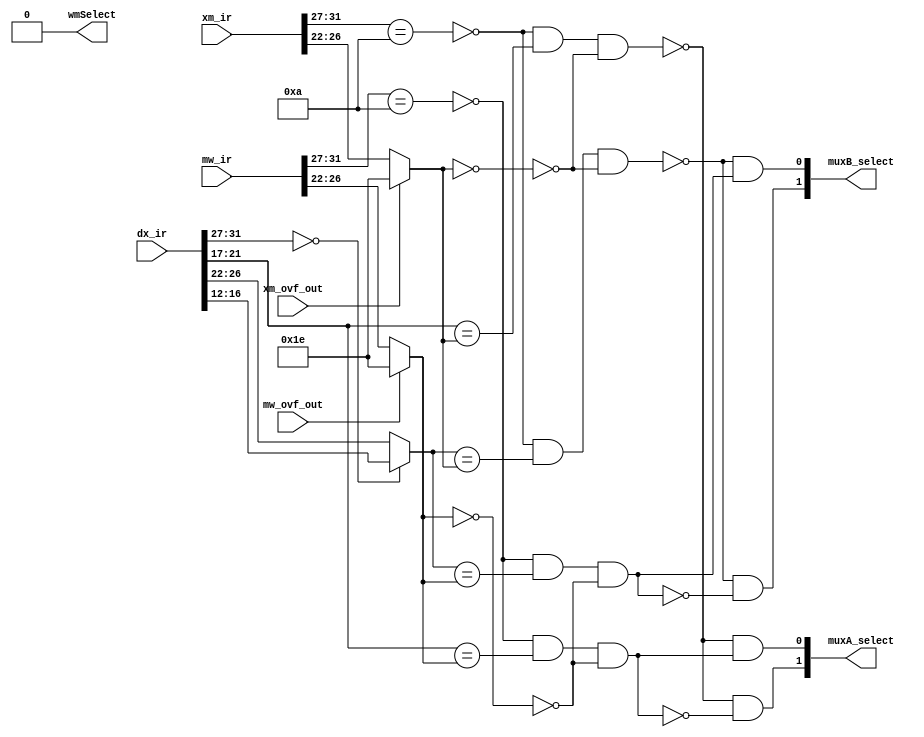
module bypass(dx_ir, xm_ir, mw_ir, xm_ovf_out, mw_ovf_out, muxA_select, muxB_select, wmSelect);
    input [31:0] dx_ir, xm_ir, mw_ir;
    input xm_ovf_out, mw_ovf_out;
    output [1:0] muxA_select, muxB_select;
    output wmSelect;

    //Opcodes
    wire [4:0] dx_opcode, xm_opcode, mw_opcode;
    assign dx_opcode = dx_ir[31:27];
    assign xm_opcode = xm_ir[31:27];
    assign mw_opcode = mw_ir[31:27];

    //Handle 0s logic
    wire is_xm_rd_0, is_mw_rd_0;
    assign is_xm_rd_0 = (xm_rd == 5'b0);
    assign is_mw_rd_0 = (mw_rd == 5'b0);

    //Instruction types
    wire  is_mw_setx, is_xm_branch, is_mw_sw, is_mw_branch, is_xm_sw, is_dx_rOp, is_xm_setx, is_dx_bex;
    assign is_dx_rOp = (dx_opcode == 00000);
    assign is_xm_sw = (xm_opcode == 00111);
    assign is_mw_sw = (mw_opcode == 00111);
    assign is_xm_setx = (xm_opcode == 10101);
    assign is_mw_setx = (mw_opcode == 10101);
    assign is_dx_bex = (dx_opcode == 10110);
    assign is_mw_branch = (mw_opcode == 00010) | (mw_opcode == 00110);
    assign is_xm_branch = (xm_opcode == 00010) | (xm_opcode == 00110);

    //conditions for alu input muxes
    wire [4:0] dx_a, dx_b, xm_rd_ins, mw_rd_ins, xm_rd, mw_rd;
    assign dx_a = dx_ir[21:17]; 
    assign dx_b = is_dx_rOp ? dx_ir[16:12] : (is_dx_bex ? 5'd30 : dx_ir[26:22]);
    assign xm_rd_ins = xm_ir[26:22];
    assign mw_rd_ins = mw_ir[26:22];




    //Check data hazards
    wire xm_a_hz, mw_a_hz, xm_b_hz, mw_b_hz;
    assign xm_a_hz = !is_xm_sw && !is_xm_branch && dx_a == xm_rd && !(is_xm_rd_0); 
    assign mw_a_hz = !is_mw_sw && !is_mw_branch && dx_a == mw_rd && !(is_mw_rd_0); 
    assign xm_b_hz = !is_xm_sw && !is_xm_branch && dx_b == xm_rd && !(is_xm_rd_0); 
    assign mw_b_hz = !is_mw_sw && !is_mw_branch && dx_b == mw_rd && !(is_mw_rd_0);

    // ovf and setx reg30's , otherwise default to coded values
    assign xm_rd = !(xm_ovf_out || is_xm_setx) ? xm_rd_ins : 5'd30;
    assign mw_rd = !(mw_ovf_out || is_mw_setx) ? mw_rd_ins : 5'd30;

    //muxA selection condition
    assign muxA_select[0] = !xm_a_hz && mw_a_hz;
    assign muxA_select[1] = !xm_a_hz && !mw_a_hz;
    //muxB selection condition
    assign muxB_select[0] = !xm_b_hz && mw_b_hz;
    assign muxB_select[1] = !xm_b_hz && !mw_b_hz;


    // WM bypassing
    assign wmSelect = is_xm_sw && (xm_rd_ins == mw_rd_ins);

endmodule